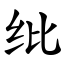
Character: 纰